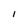
Character: I